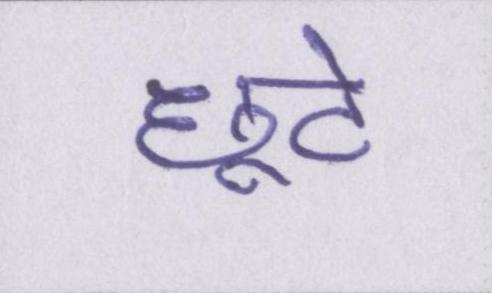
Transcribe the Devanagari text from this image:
छूटे